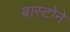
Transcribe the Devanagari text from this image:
बास्टोने